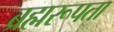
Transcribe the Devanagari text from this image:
ब्रह्मरूपता